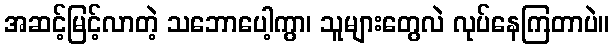
အဆင့်မြင့်လာတဲ့ သဘောပေါ့ကွာ၊ သူများတွေလဲ လုပ်နေကြတာပဲ။